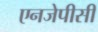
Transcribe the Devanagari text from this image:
एनजेपीसी